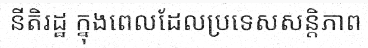
នីតិរដ្ឋ ក្នុងពេលដែលប្រទេសសន្តិភាព